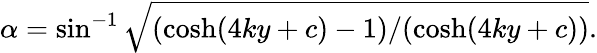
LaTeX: \alpha=\sin^{-1}\sqrt{(\cosh(4ky+c)-1)/(\cosh(4ky+c))}.